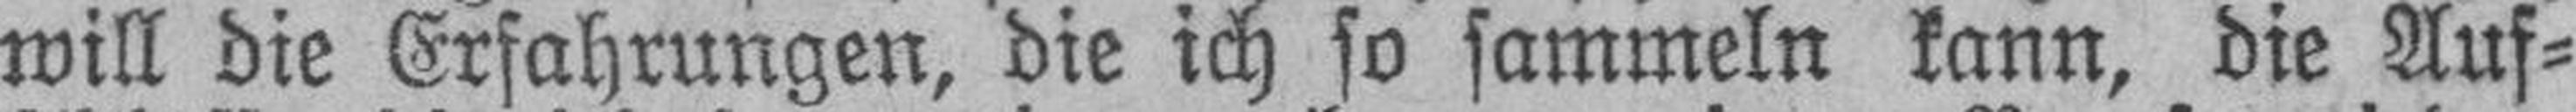
will die Erfahrungen, die ich so sammeln kann, die Auf¬